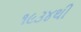
૧૯૩૪થી